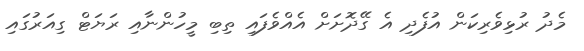
މެދު ރުޅިވެރިކަން އުފެދި އެ ގޭދޮށަށް އެއްވެފައި ތިބި މީހުންނާއި ރަޔަޓް ގިއަރުގައި